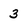
Character: 3